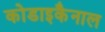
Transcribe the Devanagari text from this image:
कोडाइकैनाल